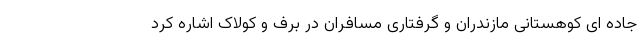
جاده ای کوهستانی مازندران و گرفتاری مسافران در برف و کولاک اشاره کرد